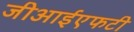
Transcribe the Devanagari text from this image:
जीआईएफटी